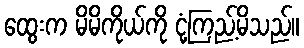
ထွေးက မိမိကိုယ်ကို ငုံ့ကြည့်မိသည်။